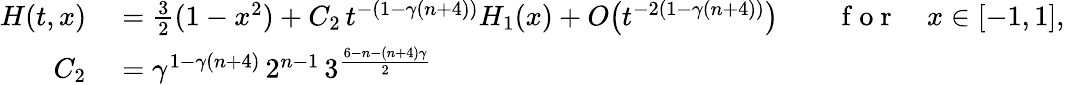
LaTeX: \begin{array}{rlrl}{H(t,x)}&{{}=\frac 32(1-x^{2})+C_{2}\, t^{-(1-\gamma(n+4))}H_{1}(x)+O\big(t^{-2(1-\gamma(n+4))}\big)}&{}&{{}\mathrm{~f~o~r~}\quad x\in[-1,1],}\\ {C_{2}}&{{}=\gamma^{1-\gamma(n+4)}\, 2^{n-1}\, 3^{\frac{6-n-(n+4)\gamma}{2}}}\end{array}